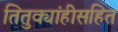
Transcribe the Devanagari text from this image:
तितुक्यांहीसहित